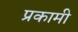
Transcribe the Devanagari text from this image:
प्रकामी